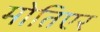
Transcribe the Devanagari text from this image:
मोतिएर